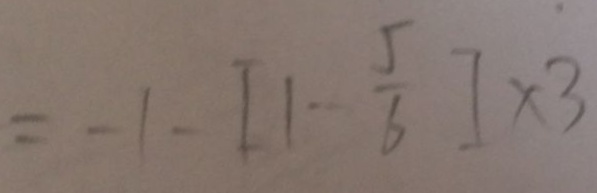
= - 1 - [ 1 - \frac { 5 } { 6 } ] \times 3